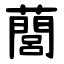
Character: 䕡